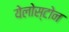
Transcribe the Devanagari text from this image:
येलोस्टोन